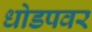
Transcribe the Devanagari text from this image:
धोडपवर